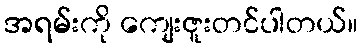
အရမ်းကို ကျေးဇူးတင်ပါတယ်။